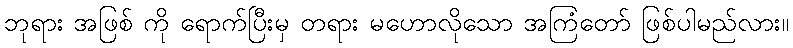
ဘုရား အဖြစ် ကို ရောက်ပြီးမှ တရား မဟောလိုသော အကြံတော် ဖြစ်ပါမည်လား။